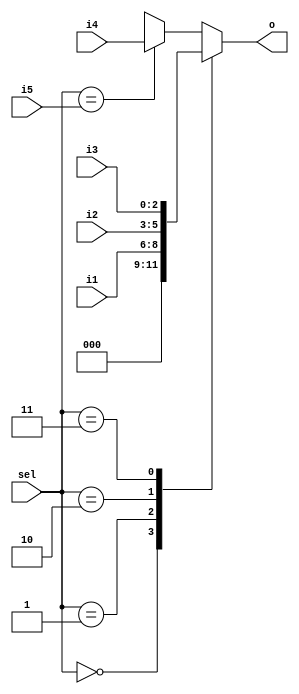
// This program was cloned from: https://github.com/steveicarus/ivtest
// License: GNU General Public License v2.0

// We don't (currently) support a case statement where both the case select
// and one or more case items are variables in asynchronous logic synthesis.
// Check the compiler handles and rejects this code.
module mux(

input wire [2:0] sel,
input wire [2:0] i1,
input wire [2:0] i2,
input wire [2:0] i3,
input wire [2:0] i4,
input wire [2:0] i5,
output reg [2:0] o

);

(* ivl_synthesis_on *)
always @* begin
  case (sel)
    0 : o = 0;
    1 : o = i1;
    2 : o = i2;
    3 : o = i3;
   i5 : o = i4;
   default:
     o = 3'bx;
  endcase
end
(* ivl_synthesis_off *)

initial $display("PASSED");

endmodule